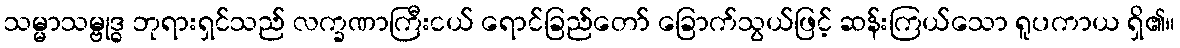
သမ္မာသမ္ဗုဒ္ဓ ဘုရားရှင်သည် လက္ခဏာကြီးငယ် ရောင်ခြည်တော် ခြောက်သွယ်ဖြင့် ဆန်းကြယ်သော ရူပကာယ ရှိ၏။